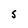
Character: S